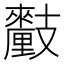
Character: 𨤺